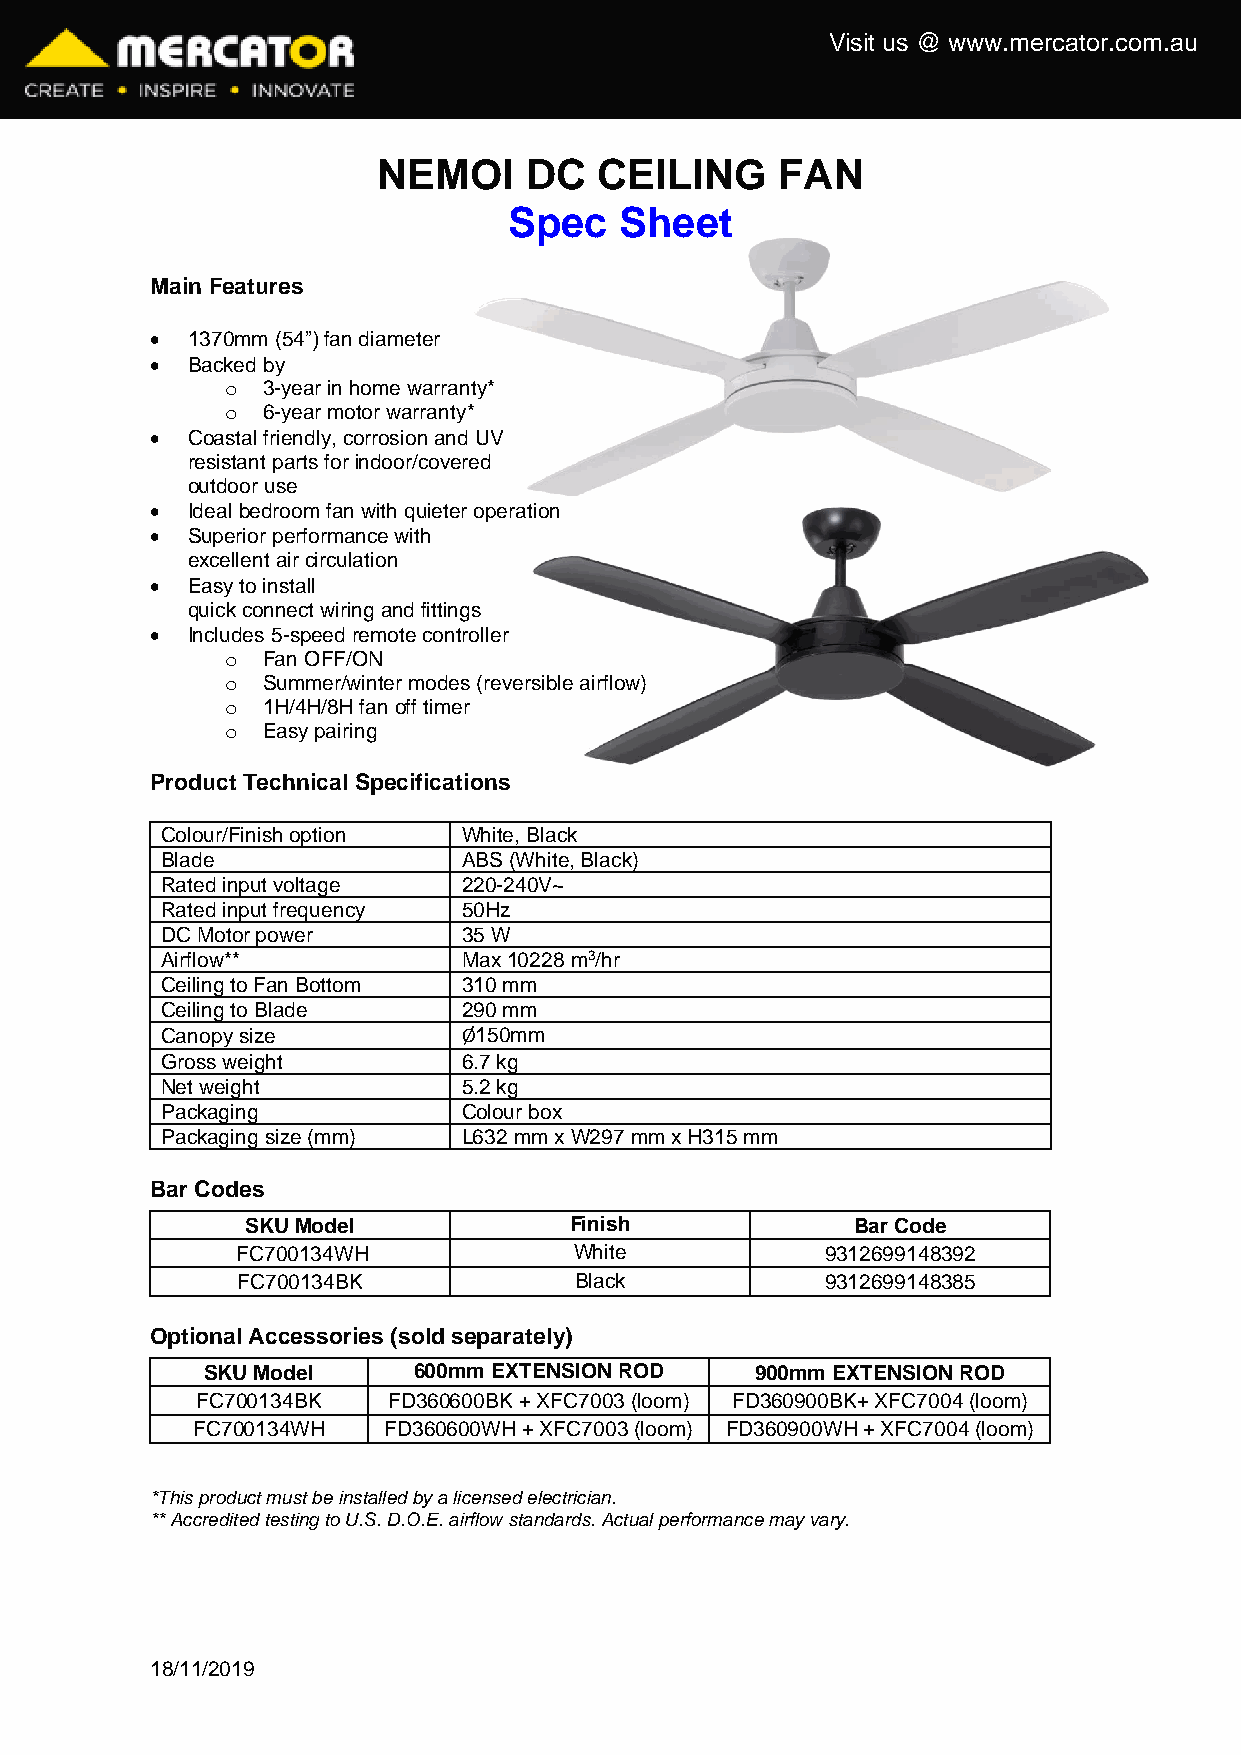
Visit us @ www.mercator.com.au
 NEMOI     DC   CEILING    FAN
 Spec   Sheet
 Main Features
 • 1370mm (54”) fan diameter
 • Backed by
 o 3-year in home warranty*
 o 6-year motor warranty*
 • Coastal friendly, corrosion and UV
 resistant parts for indoor/covered
 outdoor use
 • Ideal bedroom fan with quieter operation
 • Superior performance with
 excellent air circulation
 • Easy to install
 quick connect wiring and fittings
 • Includes 5-speed remote controller
 o Fan OFF/ON
 o Summer/winter modes (reversible airflow)
 o 1H/4H/8H fan off timer
 o Easy pairing
 Product Technical Specifications
 Colour/Finish option White, Black
 Blade               ABS (White, Black)
 Rated input voltage 220-240V~
 Rated input frequency 50Hz
 DC Motor power      35 W
 Airflow**           Max 10228 m3/hr
 Ceiling to Fan Bottom 310 mm
 Ceiling to Blade    290 mm
 Canopy size         Ø150mm
 Gross weight        6.7 kg
 Net weight          5.2 kg
 Packaging           Colour box
 Packaging size (mm) L632 mm x W297 mm x H315 mm
 Bar Codes
 SKU Model             Finish             Bar Code
 FC700134WH            White            9312699148392
 FC700134BK            Black            9312699148385
 Optional Accessories (sold separately)
 SKU Model     600mm EXTENSION ROD    900mm EXTENSION ROD
 FC700134BK   FD360600BK + XFC7003 (loom) FD360900BK+ XFC7004 (loom)
 FC700134WH  FD360600WH + XFC7003 (loom) FD360900WH + XFC7004 (loom)
 *This product must be installed by a licensed electrician.
 ** Accredited testing to U.S. D.O.E. airflow standards. Actual performance may vary.
 18/11/2019